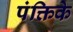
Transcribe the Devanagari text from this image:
पंक्तिके